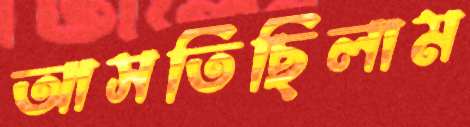
আসতিছিলাম